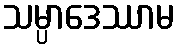
သမ္ပာဒေဿာမ